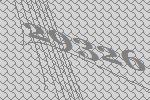
29326